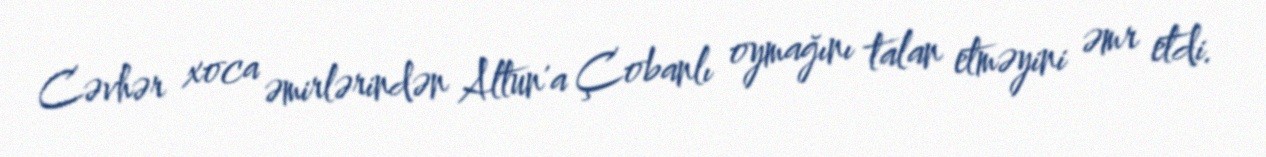
Cəvhər xoca əmirlərindən Altun'a Çobanlı oymağını talan etməyini əmr etdi.